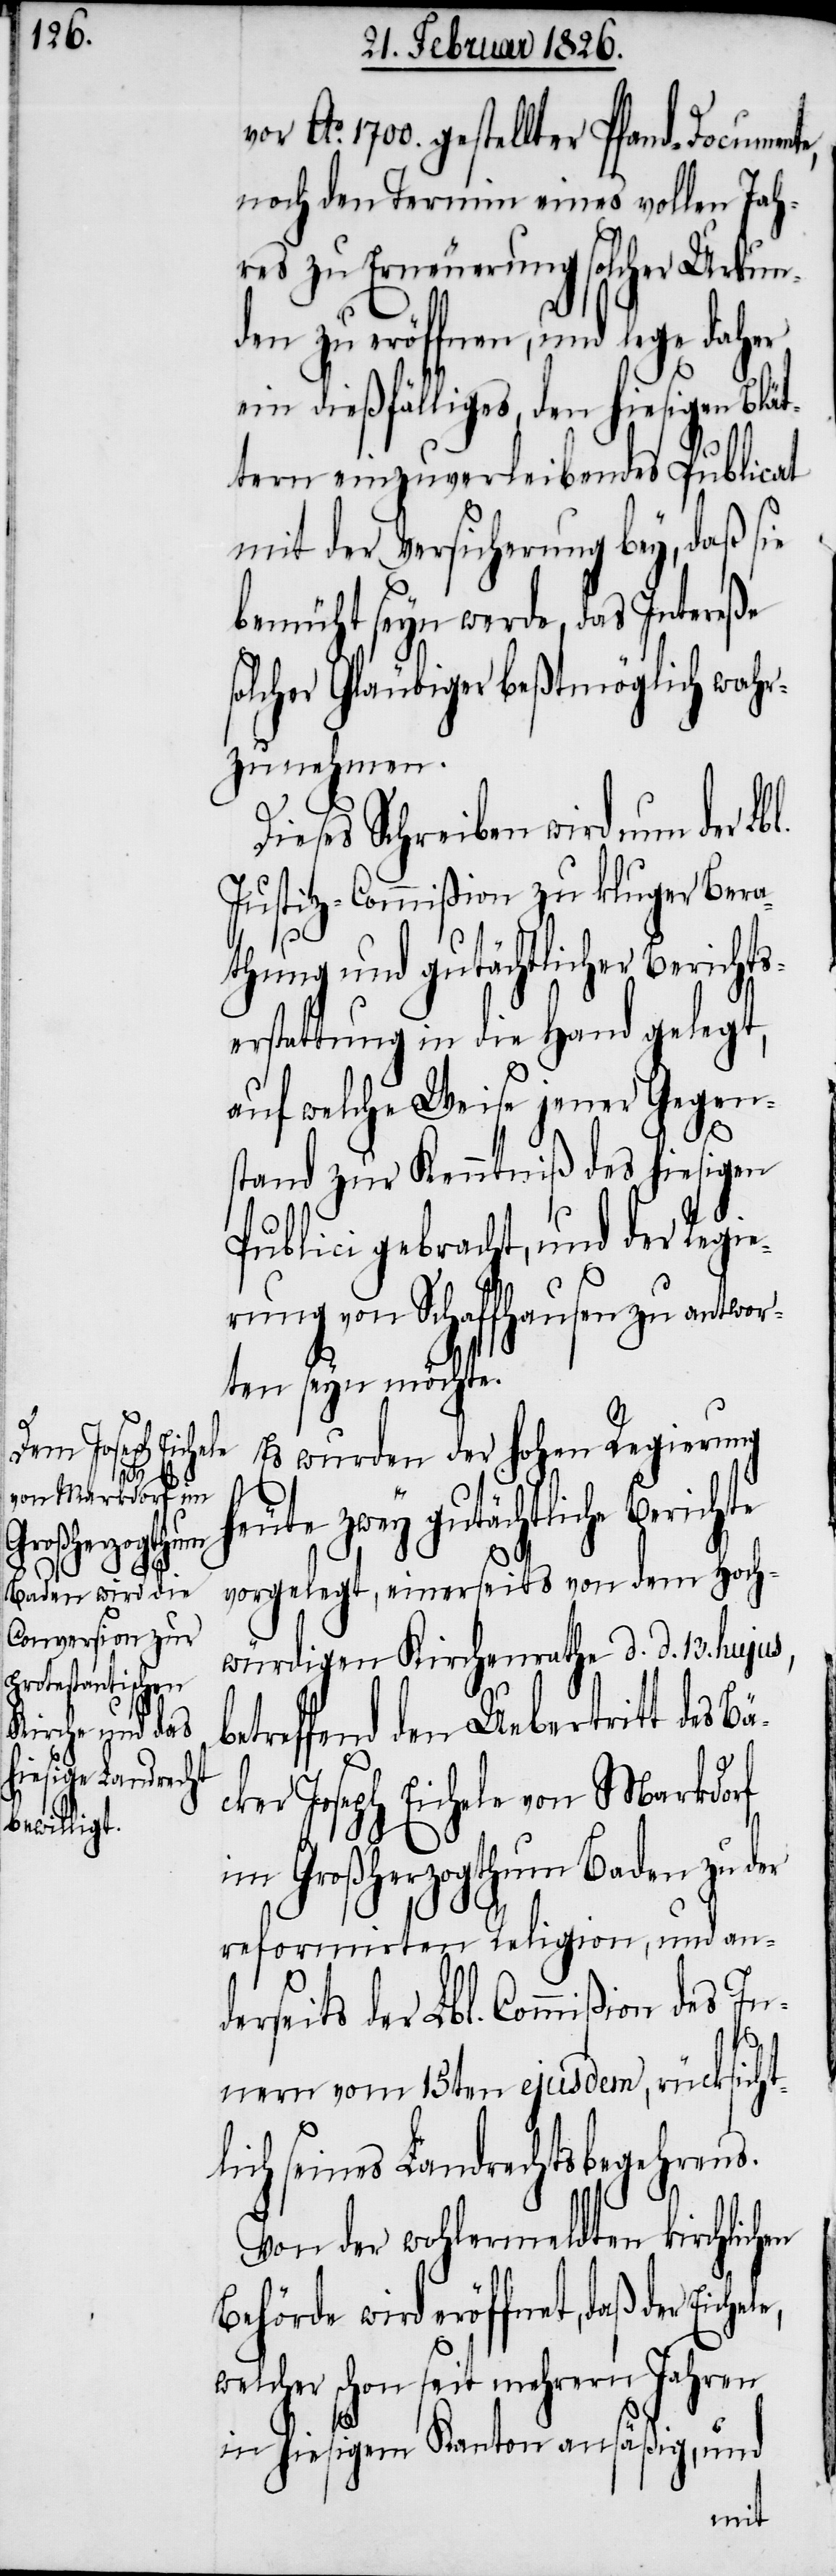
en
Eichele,

Ao. 1700 gestellter Pfand-Documente,
noch den Termin eines vollen Jah¬
res zu Erneuerung solcher Urkun¬
den zu eröffnen, und lege daher
ein dießfälliges, den hiesigen Blät¬
tern einzuverleibendes Publicat
mit der Versicherung bey, daß sie
bemüht seyn werde, das Intereße
solcher Gläubiger beßtmöglich wahr¬
zunehmen.
Dieses Schreiben wird nun der Lb¬
Justiz-Commißion zu kluger Bera¬
thung und gutächtlicher Berichts¬
erstattung in die Hand gelegt,
auf welche Weise jener Gegen¬
stand zur Kenntniß des hiesigen
Publici gebracht, und der Regie¬
rung von Schaffhausen zu antwor¬
ten seyn möchte.
Es wurden der hohen Regierung
heute zwey gutächtliche
vorgelegt, einerseits von dem Hoch¬
würdigen Kirchenrathe d. d. 13. hujus,
ders¬
betreffend den Uebertritt des Bä¬
cker Joseph Eichele von Markdorf
im Großherzogthum Baden zu der
reformirten Religion, und an¬
eits der Lbl. Commißion des In¬
nern vom 15ten ejusdem, rücksicht¬
lich seines Landrechtsbegehrens.
Von der wohlermeldten kirchlich¬
Behörde wird eröffnet, daß der
welcher schon seit mehrern Jahren
in hiesigem Kanton ansäßig, und